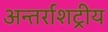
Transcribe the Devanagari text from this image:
अन्तर्राशट्रीय